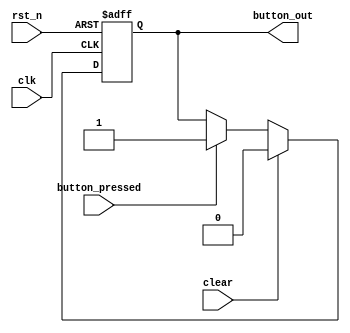
`timescale 1ns / 1ps
//////////////////////////////////////////////////////////////////////////////////
// ECE6213
// Matthew LaRue 
// Elevator buttons
// 
// 
//////////////////////////////////////////////////////////////////////////////////


module elevator_button(
    input wire clk,
    input wire rst_n,
    input wire button_pressed,
    input wire clear,		       
    output reg button_out
    );

   reg	       button_out_next;
   
    // clock in registers, asynch active-low reset    
    always @(posedge clk or negedge rst_n)
    begin
        if (rst_n == 1'b0) begin
	   button_out <= 1'b0;
        end else begin
           button_out <= button_out_next; 
        end   
    end

    // combinational logic for next_state_logic
    always @(*)
      begin

	 button_out_next = button_out;

	 if ( clear == 1'b1 ) begin
	    button_out_next = 1'b0;
	 end else if (button_pressed == 1'b1) begin
	    button_out_next = 1'b1;
	 end
	 
      end 
     
endmodule